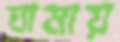
ঘামায়